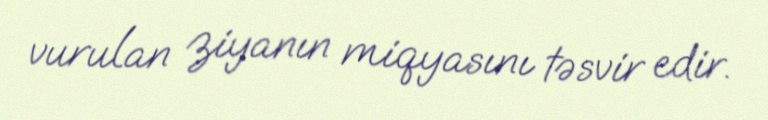
vurulan ziyanın miqyasını təsvir edir.